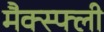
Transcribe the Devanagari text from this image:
मैक्स्फ्ली